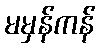
မမှန်ကန်